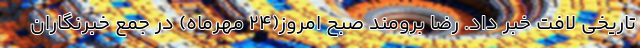
تاریخی لافت خبر داد. رضا برومند صبح امروز(۲۴ مهرماه) در جمع خبرنگاران